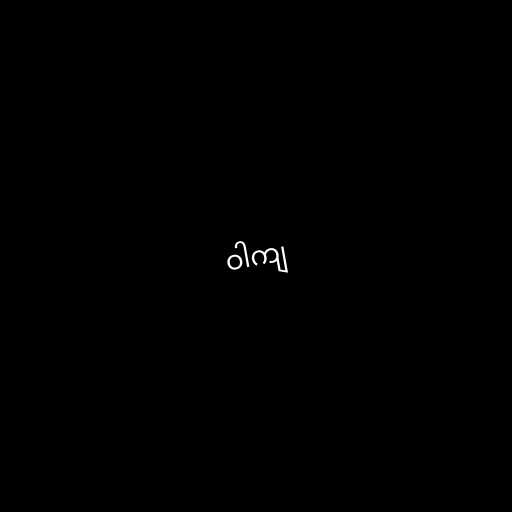
ဝါကျ